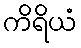
ကိရိယံ